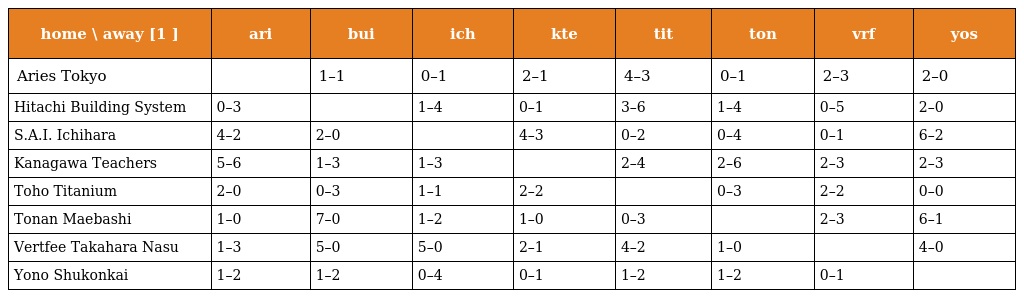
| home \ away [1 ] | ari | bui | ich | kte | tit | ton | vrf | yos |
 | --- | --- | --- | --- | --- | --- | --- | --- | --- |
 | Aries Tokyo |  | 1–1 | 0–1 | 2–1 | 4–3 | 0–1 | 2–3 | 2–0 |
 | Hitachi Building System | 0–3 |  | 1–4 | 0–1 | 3–6 | 1–4 | 0–5 | 2–0 |
 | S.A.I. Ichihara | 4–2 | 2–0 |  | 4–3 | 0–2 | 0–4 | 0–1 | 6–2 |
 | Kanagawa Teachers | 5–6 | 1–3 | 1–3 |  | 2–4 | 2–6 | 2–3 | 2–3 |
 | Toho Titanium | 2–0 | 0–3 | 1–1 | 2–2 |  | 0–3 | 2–2 | 0–0 |
 | Tonan Maebashi | 1–0 | 7–0 | 1–2 | 1–0 | 0–3 |  | 2–3 | 6–1 |
 | Vertfee Takahara Nasu | 1–3 | 5–0 | 5–0 | 2–1 | 4–2 | 1–0 |  | 4–0 |
 | Yono Shukonkai | 1–2 | 1–2 | 0–4 | 0–1 | 1–2 | 1–2 | 0–1 |  |